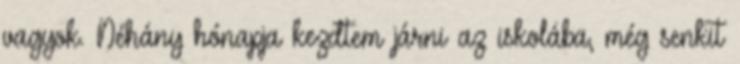
vagyok. Néhány hónapja kezdtem járni az iskolába, még senkit